Vaccine operations Central Provinces 1900-1911 - 1900-1911
Year: 1900
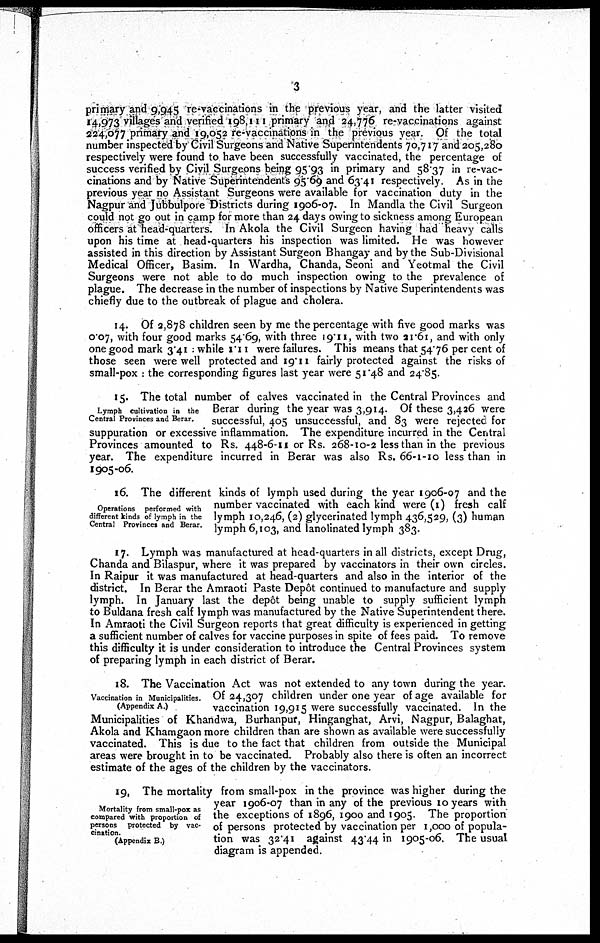
3
primary and 9,945 re-vaccinations in the previous year, and the latter visited
14,973 villages and verified 198,111 primary and 24,776 re-vaccinations against
224,077 primary and 19,052 re-vaccinations in the previous year. Of the total
number inspected by Civil Surgeons and Native Superintendents 70,717 and 205,280
respectively were found to have been successfully vaccinated, the percentage of
success verified by Civil Surgeons being 95.93 in primary and 58.37 in re-vac-
cinations and by Native Superintendents 95.69 and 63.41 respectively. As in the
previous year no Assistant Surgeons were available for vaccination duty in the
Nagpur and Jubbulpore Districts during 1906-07. In Mandla the Civil Surgeon
could not go out in camp for more than 24 days owing to sickness among European
officers at head-quarters. In Akola the Civil Surgeon having had heavy calls
upon his time at head-quarters his inspection was limited. He was however
assisted in this direction by Assistant Surgeon Bhangay and by the Sub-Divisional
Medical Officer, Basim. In Wardha, Chanda, Seoni and Yeotmal the Civil
Surgeons were not able to do much inspection owing to the prevalence of
plague. The decrease in the number of inspections by Native Superintendents was
chiefly due to the outbreak of plague and cholera.
14. Of 2,878 children seen by me the percentage with five good marks was
0.07, with four good marks 54.69, with three 19.11, with two 21.61, and with only
one good mark 3.41 : while 1.11 were failures. This means that 54.76 per cent of
those seen were well protected and 19.11 fairly protected against the risks of
small-pox : the corresponding figures last year were 51.48 and 24.85.
Lymph cultivation in the
Central Provinces and Berar.
15. The total number of calves vaccinated in the Central Provinces and
Berar during the year was 3,914. Of these 3,426 were
successful, 405 unsuccessful, and 83 were rejected for
suppuration or excessive inflammation. The expenditure incurred in the Central
Provinces amounted to Rs. 448-6-11 or Rs. 268-10-2 less than in the previous
year. The expenditure incurred in Berar was also Rs. 66-1-10 less than in
1905-06.
Operations performed with
different kinds of lymph in the
Central Provinces and Berar.
16. The different kinds of lymph used during the year 1906-07 and the
number vaccinated with each kind were (1) fresh calf
lymph 10,246, (2) glycerinated lymph 436,529, (3) human
lymph 6,103, and lanolinated lymph 383.
17. Lymph was manufactured at head-quarters in all districts, except Drug,
Chanda and Bilaspur, where it was prepared by vaccinators in their own circles.
In Raipur it was manufactured at head-quarters and also in the interior of the
district. In Berar the Amraoti Paste Depôt continued to manufacture and supply
lymph. In January last the depôt being unable to supply sufficient lymph
to Buldana fresh calf lymph was manufactured by the Native Superintendent there.
In Amraoti the Civil Surgeon reports that great difficulty is experienced in getting
a sufficient number of calves for vaccine purposes in spite of fees paid. To remove
this difficulty it is under consideration to introduce the Central Provinces system
of preparing lymph in each district of Berar.
Vaccination in Municipalities.
(Appendix A.)
18. The Vaccination Act was not extended to any town during the year.
Of 24,307 children under one year of age available for
vaccination 19,915 were successfully vaccinated. In the
Municipalities of Khandwa, Burhanpur, Hinganghat, Arvi, Nagpur, Balaghat,
Akola and Khamgaon more children than are shown as available were successfully
vaccinated. This is due to the fact that children from outside the Municipal
areas were brought in to be vaccinated. Probably also there is often an incorrect
estimate of the ages of the children by the vaccinators.
Mortality from small-pox as
compared with proportion of
persons protected by vac-
cination.
(Appendix B.)
19. The mortality from small-pox in the province was higher during the
year 1906-07 than in any of the previous 10 years with
the exceptions of 1896, 1900 and 1905. The proportion
of persons protected by vaccination per 1,000 of popula-
tion was 32.41 against 43.44 in 1905-06. The usual
diagram is appended.